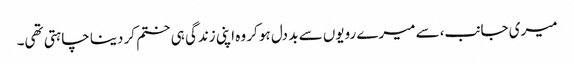
میری جانب،سے میرے رویوں سے بد دل ہو کر وہ اپنی زندگی ہی ختم کر دینا چاہتی تھی۔